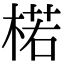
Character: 楉